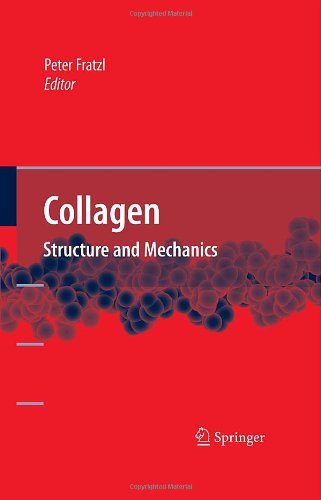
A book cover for Collagen: Structure and Mechanics; Science & Math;